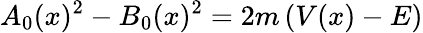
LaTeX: A_{0}(x)^{2}-B_{0}(x)^{2}=2m\left(V(x)-E\right)